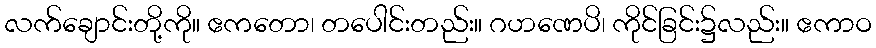
လက်ချောင်းတို့ကို။ ဧကတော၊ တပေါင်းတည်း။ ဂဟဏေပိ၊ ကိုင်ခြင်း၌လည်း။ ဧကာဝ